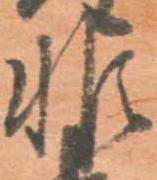
非